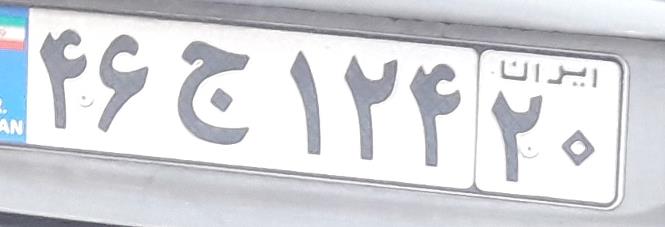
۴۶ج۱۲۴۲۰